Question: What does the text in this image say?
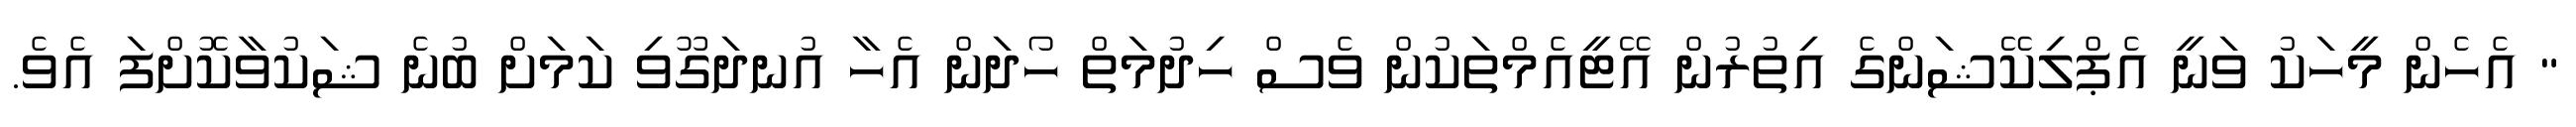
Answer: " އެހެން މީހަކު ވަނީ އެޕްލިކޭޝަންގެ އިތުރުން އޭޓީއެމްތަކުން ވެސް ހިދުމަތް ހޯދަން އެހާ އުނދަގޫވި ކަމަށް ބުނެ ޝަކުވާކޮށްފަ އެވެ.